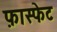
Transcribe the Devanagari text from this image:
फ़ास्फेट